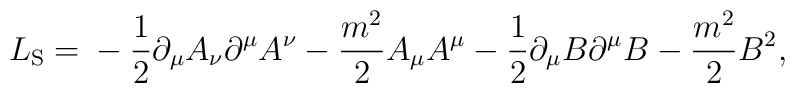
L_{\rm S} = \mbox{}- \frac{1}{2}\partial_{\mu}A_{\nu}\partial^{\mu}A^{\nu} - \frac{m^{2}}{2}A_{\mu}A^{\mu} - \frac{1}{2}\partial_{\mu}B\partial^{\mu}B - \frac{m^{2}}{2}B^{2} ,